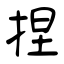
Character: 捏